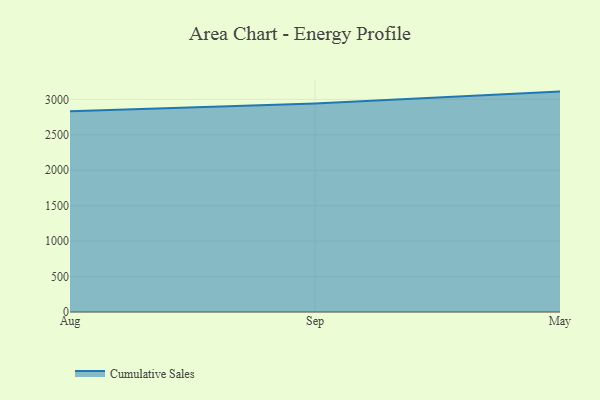
{"axis": {"x": "Month", "y": "Operating Costs (USD K)"}, "legend": ["Cumulative Sales"], "data": [{"x": "Aug", "y": 2831.0, "type": "Cumulative Sales"}, {"x": "Sep", "y": 2943.0, "type": "Cumulative Sales"}, {"x": "May", "y": 3109.4, "type": "Cumulative Sales"}]}